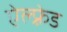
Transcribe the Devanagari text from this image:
ऐल्फ़्रेड